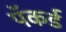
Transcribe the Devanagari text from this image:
पॅकर्ड